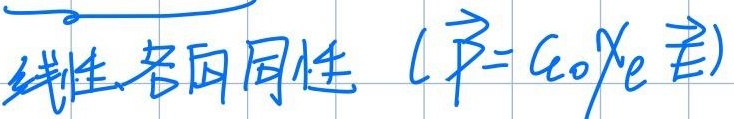
线性各向同性（$\vec{P} = \varepsilon_{0} \chi_{e} \vec{E}$）